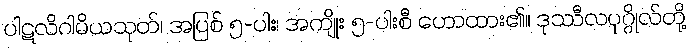
ပါဋလိဂါမိယသုတ်၊ အပြစ် ၅-ပါး၊ အကျိုး ၅-ပါးစီ ဟောထား၏။ ဒုဿီလပုဂ္ဂိုလ်တို့